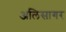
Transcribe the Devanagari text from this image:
अलिसागर